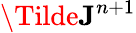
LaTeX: \Tilde{\textbf{J}}^{n+1}